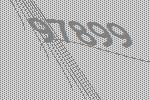
97899